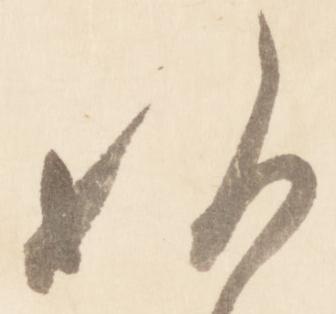
欤